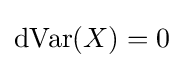
\operatorname {dVar} (X)=0